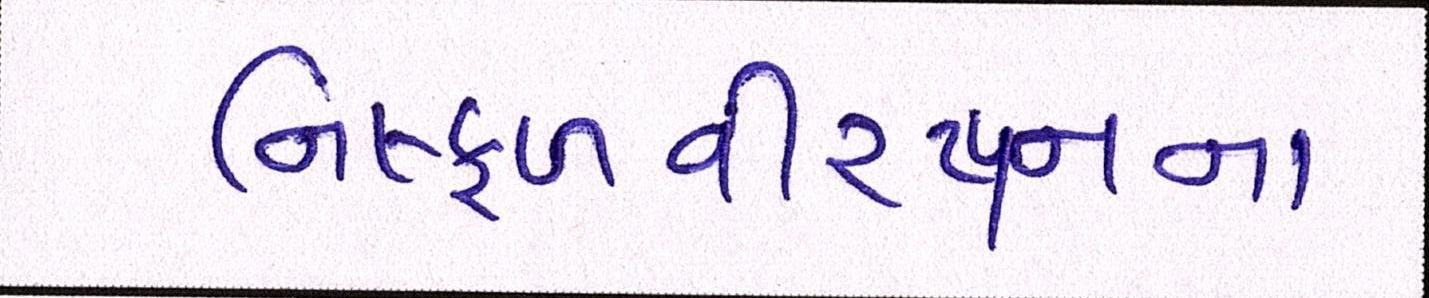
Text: નિષ્ફળવીરપ્પનના